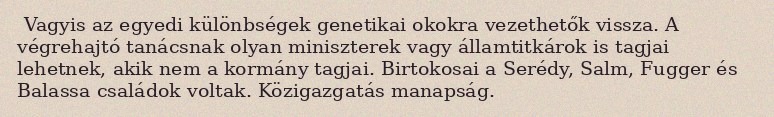
Vagyis az egyedi különbségek genetikai okokra vezethetők vissza. A végrehajtó tanácsnak olyan miniszterek vagy államtitkárok is tagjai lehetnek, akik nem a kormány tagjai. Birtokosai a Serédy, Salm, Fugger és Balassa családok voltak. Közigazgatás manapság.